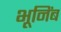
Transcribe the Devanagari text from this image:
भूनिंब